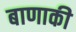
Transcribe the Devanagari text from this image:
बाणाकी